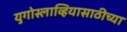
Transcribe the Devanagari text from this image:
युगोस्लाव्हियासाठीच्या